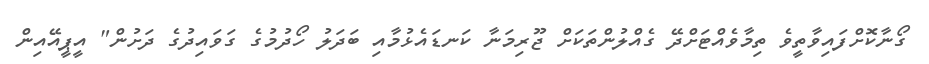
ގޯނާކޮށްފައިވާތީވެ ތިމާވެއްޓަށްދޭ ގެއްލުންތަކަށް ޖޫރިމަނާ ކަނޑައެޅުމާއި ބަދަލު ހޯދުމުގެ ގަވައިދުގެ ދަށުން" އީޕީއޭއިން